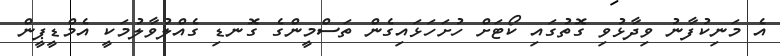
އެ މަނިކުފާނު ވިދާޅުވި ގޮތުގައި ކޯޓަށް ހުށަހަޅައިގެން ތަސްމީންގެ ގޮނޑި ގެއްލުވާލުމަކީ އެމްޑީޕީން